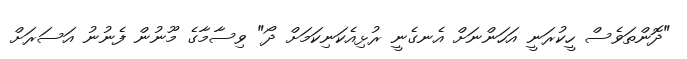
"ދޮންތަވެސް ހީކުރަނީ އަހަންނަށް އެނގެނީ ރުޅިއެކަނިކަމަށް ދޯ" ވިސާމާގެ މޫނުން ފެނުނު އަސަރަށް